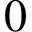
0